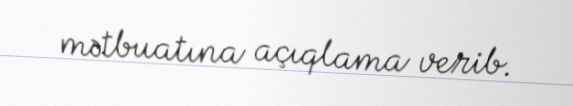
mətbuatına açıqlama verib.